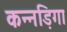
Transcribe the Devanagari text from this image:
कन्नड़िगा